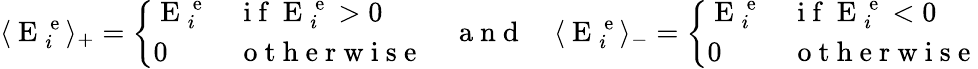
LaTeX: \langle\mathrm{~E~}_{i}^{\mathrm{~e~}}\rangle_{+}=\left\{ \begin{array}{ll}{\mathrm{~E~}_{i}^{\mathrm{~e~}}}&{\mathrm{~i~f~}\mathrm{~E~}_{i}^{\mathrm{~e~}}>0}\\ {0}&{\mathrm{~o~t~h~e~r~w~i~s~e~}}\end{array}\right.\quad\mathrm{~a~n~d~}\quad\langle\mathrm{~E~}_{i}^{\mathrm{~e~}}\rangle_{-}=\left\{ \begin{array}{ll}{\mathrm{~E~}_{i}^{\mathrm{~e~}}}&{\mathrm{~i~f~}\mathrm{~E~}_{i}^{\mathrm{~e~}}<0}\\ {0}&{\mathrm{~o~t~h~e~r~w~i~s~e~}}\end{array}\right.